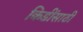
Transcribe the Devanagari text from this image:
किडींसाठी